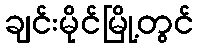
ချင်းမိုင်မြို့တွင်